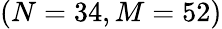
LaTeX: (N=34,M=52)